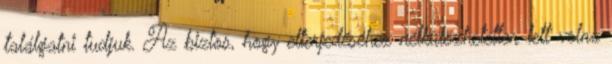
találgatni tudjuk. Az biztos, hogy elterjedéséhez nélkülözhetetlen lett volna